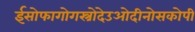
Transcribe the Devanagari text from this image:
ईसोफागोगस्त्रोदेउओदीनोसकोपी